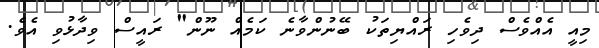
މިއީ އެއްވެސް ދިވެހިި ރައްޔިތަކު ބޭނުންވާނެ ކަމެއް ނޫން" ރައީސް ވިދާޅުވި އެވެ.